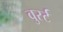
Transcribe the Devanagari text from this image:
वुर्स्ट